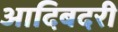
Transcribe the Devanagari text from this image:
आदिबदरी